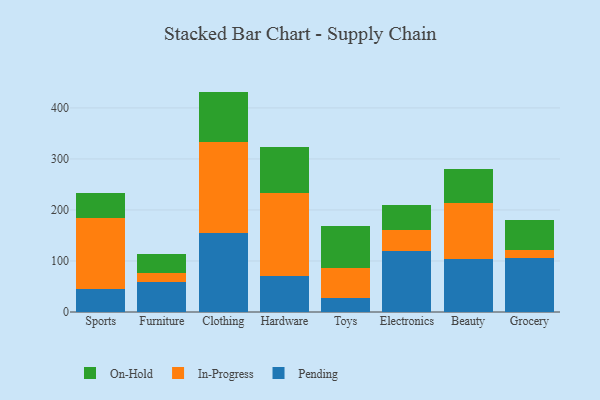
{"axis": {"x": "Category", "y": "Page Views"}, "legend": ["In-Progress", "On-Hold", "Pending"], "data": [{"x": "Sports", "y": 44.6, "type": "Pending"}, {"x": "Sports", "y": 139.8, "type": "In-Progress"}, {"x": "Sports", "y": 48.7, "type": "On-Hold"}, {"x": "Furniture", "y": 59.6, "type": "Pending"}, {"x": "Furniture", "y": 17.2, "type": "In-Progress"}, {"x": "Furniture", "y": 36.7, "type": "On-Hold"}, {"x": "Clothing", "y": 155.7, "type": "Pending"}, {"x": "Clothing", "y": 177.2, "type": "In-Progress"}, {"x": "Clothing", "y": 99.1, "type": "On-Hold"}, {"x": "Hardware", "y": 70.8, "type": "Pending"}, {"x": "Hardware", "y": 162.9, "type": "In-Progress"}, {"x": "Hardware", "y": 89.0, "type": "On-Hold"}, {"x": "Toys", "y": 28.0, "type": "Pending"}, {"x": "Toys", "y": 57.6, "type": "In-Progress"}, {"x": "Toys", "y": 83.9, "type": "On-Hold"}, {"x": "Electronics", "y": 120.0, "type": "Pending"}, {"x": "Electronics", "y": 41.7, "type": "In-Progress"}, {"x": "Electronics", "y": 48.5, "type": "On-Hold"}, {"x": "Beauty", "y": 104.2, "type": "Pending"}, {"x": "Beauty", "y": 110.2, "type": "In-Progress"}, {"x": "Beauty", "y": 65.5, "type": "On-Hold"}, {"x": "Grocery", "y": 105.1, "type": "Pending"}, {"x": "Grocery", "y": 15.9, "type": "In-Progress"}, {"x": "Grocery", "y": 60.2, "type": "On-Hold"}]}